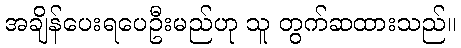
အချိန်ပေးရပေဦးမည်ဟု သူ တွက်ဆထားသည်။